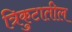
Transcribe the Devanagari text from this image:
त्रिकुटातील